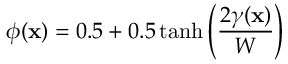
\phi ( \mathbf { x } ) = 0 . 5 + 0 . 5 \operatorname { t a n h } { \left( \frac { 2 \gamma ( \mathbf { x } ) } { W } \right) }